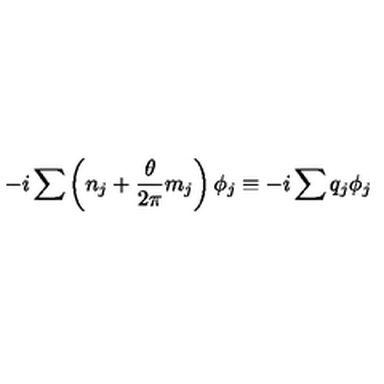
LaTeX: - i \sum \left( n _ { j } + \frac { \theta } { 2 \pi } m _ { j } \right) \phi _ { j } \equiv - i \sum q _ { j } \phi _ { j }